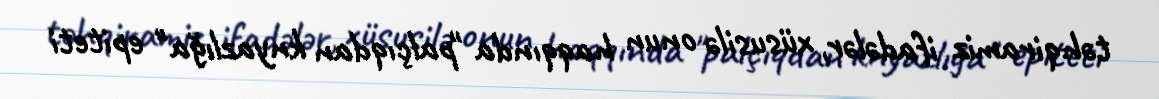
təhqiramiz ifadələr, xüsusilə onun haqqında "palçıqdan knyazlığa" epiteti